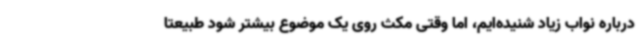
درباره نواب زیاد شنیده‌ایم، اما وقتی مکث روی یک موضوع بیشتر شود طبیعتا